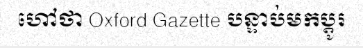
ហៅថា Oxford Gazette បន្ទាប់មកប្តូរ